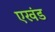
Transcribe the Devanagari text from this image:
एखंड